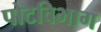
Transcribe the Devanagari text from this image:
पोटविभाग